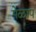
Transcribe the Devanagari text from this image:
मेळाप